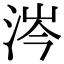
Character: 涔